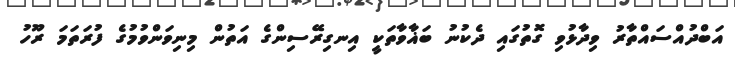
އަބްދުއްސައްތާރު ވިދާޅުވި ގޮތުގައި ދެކުނު ބަޣާވާތަކީ އިނގިރޭސިންގެ އަތުން މިނިވަންވުމުގެ ފުރަތަމަ ރޫހު